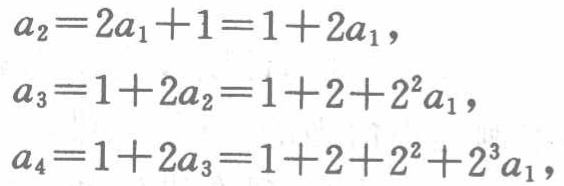
\[
\begin{align*}
a_{2}&=2a_{1}+1 = 1 + 2a_{1},\\
a_{3}&=1 + 2a_{2}=1 + 2+2^{2}a_{1},\\
a_{4}&=1 + 2a_{3}=1 + 2+2^{2}+2^{3}a_{1},
\end{align*}
\]